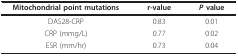
<table><thead><tr><td><b>Mitochondrial point mutations</b></td><td><b>r-value</b></td><td><b><i>P </i>value</b></td></tr></thead><tbody><tr><td>DAS28-CRP</td><td>0.83</td><td>0.01</td></tr><tr><td>CRP (mmg/L)</td><td>0.77</td><td>0.02</td></tr><tr><td>ESR (mm/hr)</td><td>0.73</td><td>0.04</td></tr></tbody></table>